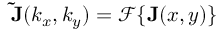
\mathbf { \tilde { J } } ( k _ { x } , k _ { y } ) = \mathcal { F } \{ \mathbf { J } ( x , y ) \}